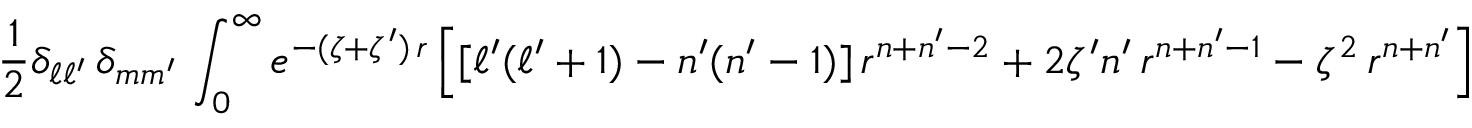
{ \frac { 1 } { 2 } } \delta _ { \ell \ell ^ { \prime } } \, \delta _ { m m ^ { \prime } } \, \int _ { 0 } ^ { \infty } e ^ { - ( \zeta + \zeta ^ { \prime } ) \, r } \left[ [ \ell ^ { \prime } ( \ell ^ { \prime } + 1 ) - n ^ { \prime } ( n ^ { \prime } - 1 ) ] \, r ^ { n + n ^ { \prime } - 2 } + 2 \zeta ^ { \prime } n ^ { \prime } \, r ^ { n + n ^ { \prime } - 1 } - \zeta ^ { 2 } \, r ^ { n + n ^ { \prime } } \right] ~ \operatorname { d } r ~ ,